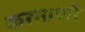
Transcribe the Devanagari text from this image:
करनाणी